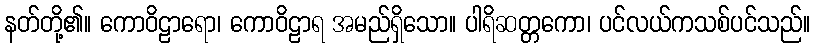
နတ်တို့၏။ ကောဝိဠာရော၊ ကောဝိဠာရ အမည်ရှိသော။ ပါရိဆတ္တကော၊ ပင်လယ်ကသစ်ပင်သည်။